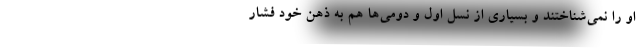
او را نمی‌شناختند و بسیاری از نسل اول و دومی‌ها هم به ذهن خود فشار